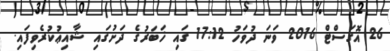
26 އޮގަސްޓް 2016 ވަނަ ދުވަހު 17:12 ގައި ޚަބަރުގެ ދަށުގައި ޝާއިޢުކުރެވިފައި.